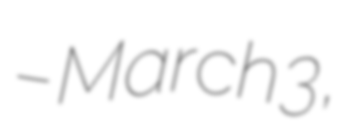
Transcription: – March 3,